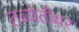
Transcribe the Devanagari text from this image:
तब्येतीवर